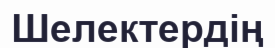
Шелектердің